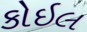
કોઇલ